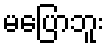
မပြောဘူး